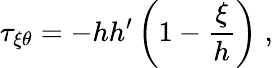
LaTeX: \tau_{\xi\theta}=-hh^{\prime}\left(1-\frac{\xi}{h}\right)\; ,